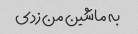
به ماشین من زدی